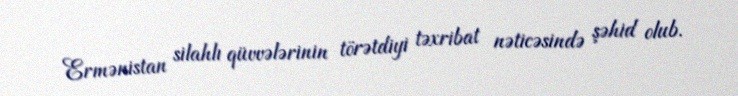
Ermənistan silahlı qüvvələrinin törətdiyi təxribat nəticəsində şəhid olub.